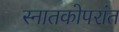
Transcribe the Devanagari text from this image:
स्नातकोपरांत